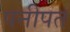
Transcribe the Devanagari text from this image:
पनीपत